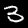
Digit: 3